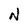
Character: N